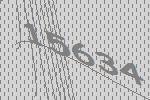
15634